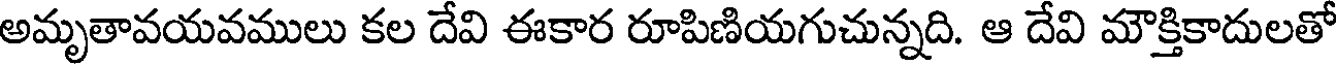
అమృతావయవములు కల దేవి ఈకార రూపిణియగుచున్నది. ఆ దేవి మౌక్తికాదులతో